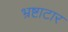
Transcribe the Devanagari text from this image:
भ्रष्टाटार